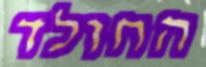
החולד